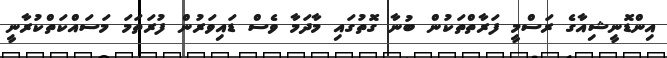
އިންޑޮނީޝިއާގެ ރަސްމީ ފަރާތްތަކުން ބުނާ ގޮތުގައި މާދަމާ ވެސް ޑައިވަރުން ފުރަތަމަ މަސައްކަތްކުރާނީ